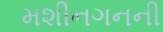
મશીનગનની